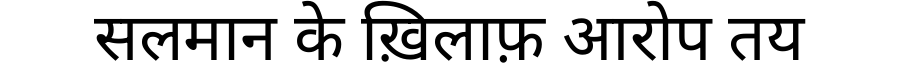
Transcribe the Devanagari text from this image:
सलमान के ख़िलाफ़ आरोप तय